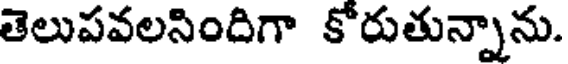
తెలుపవలసిందిగా కోరుతున్నాను.